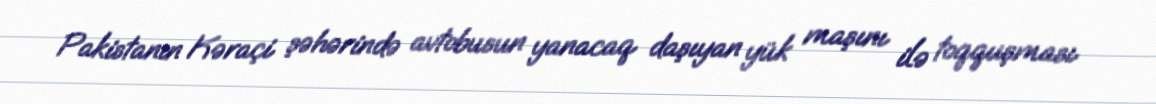
Pakistanın Kəraçi şəhərində avtobusun yanacaq daşıyan yük maşını ilə toqquşması